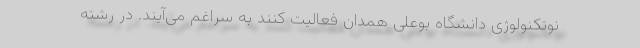
نوتکنولوژی دانشگاه بوعلی همدان فعالیت کنند به سراغم می‌آیند. در رشته